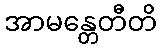
အာမန္တေတီတိ